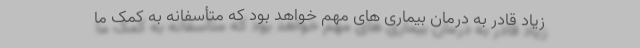
زیاد قادر به درمان بیماری های مهم خواهد بود که متأسفانه به کمک ما